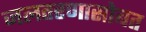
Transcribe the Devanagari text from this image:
जलतरणासोबत